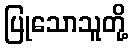
ပြုသောသူတို့